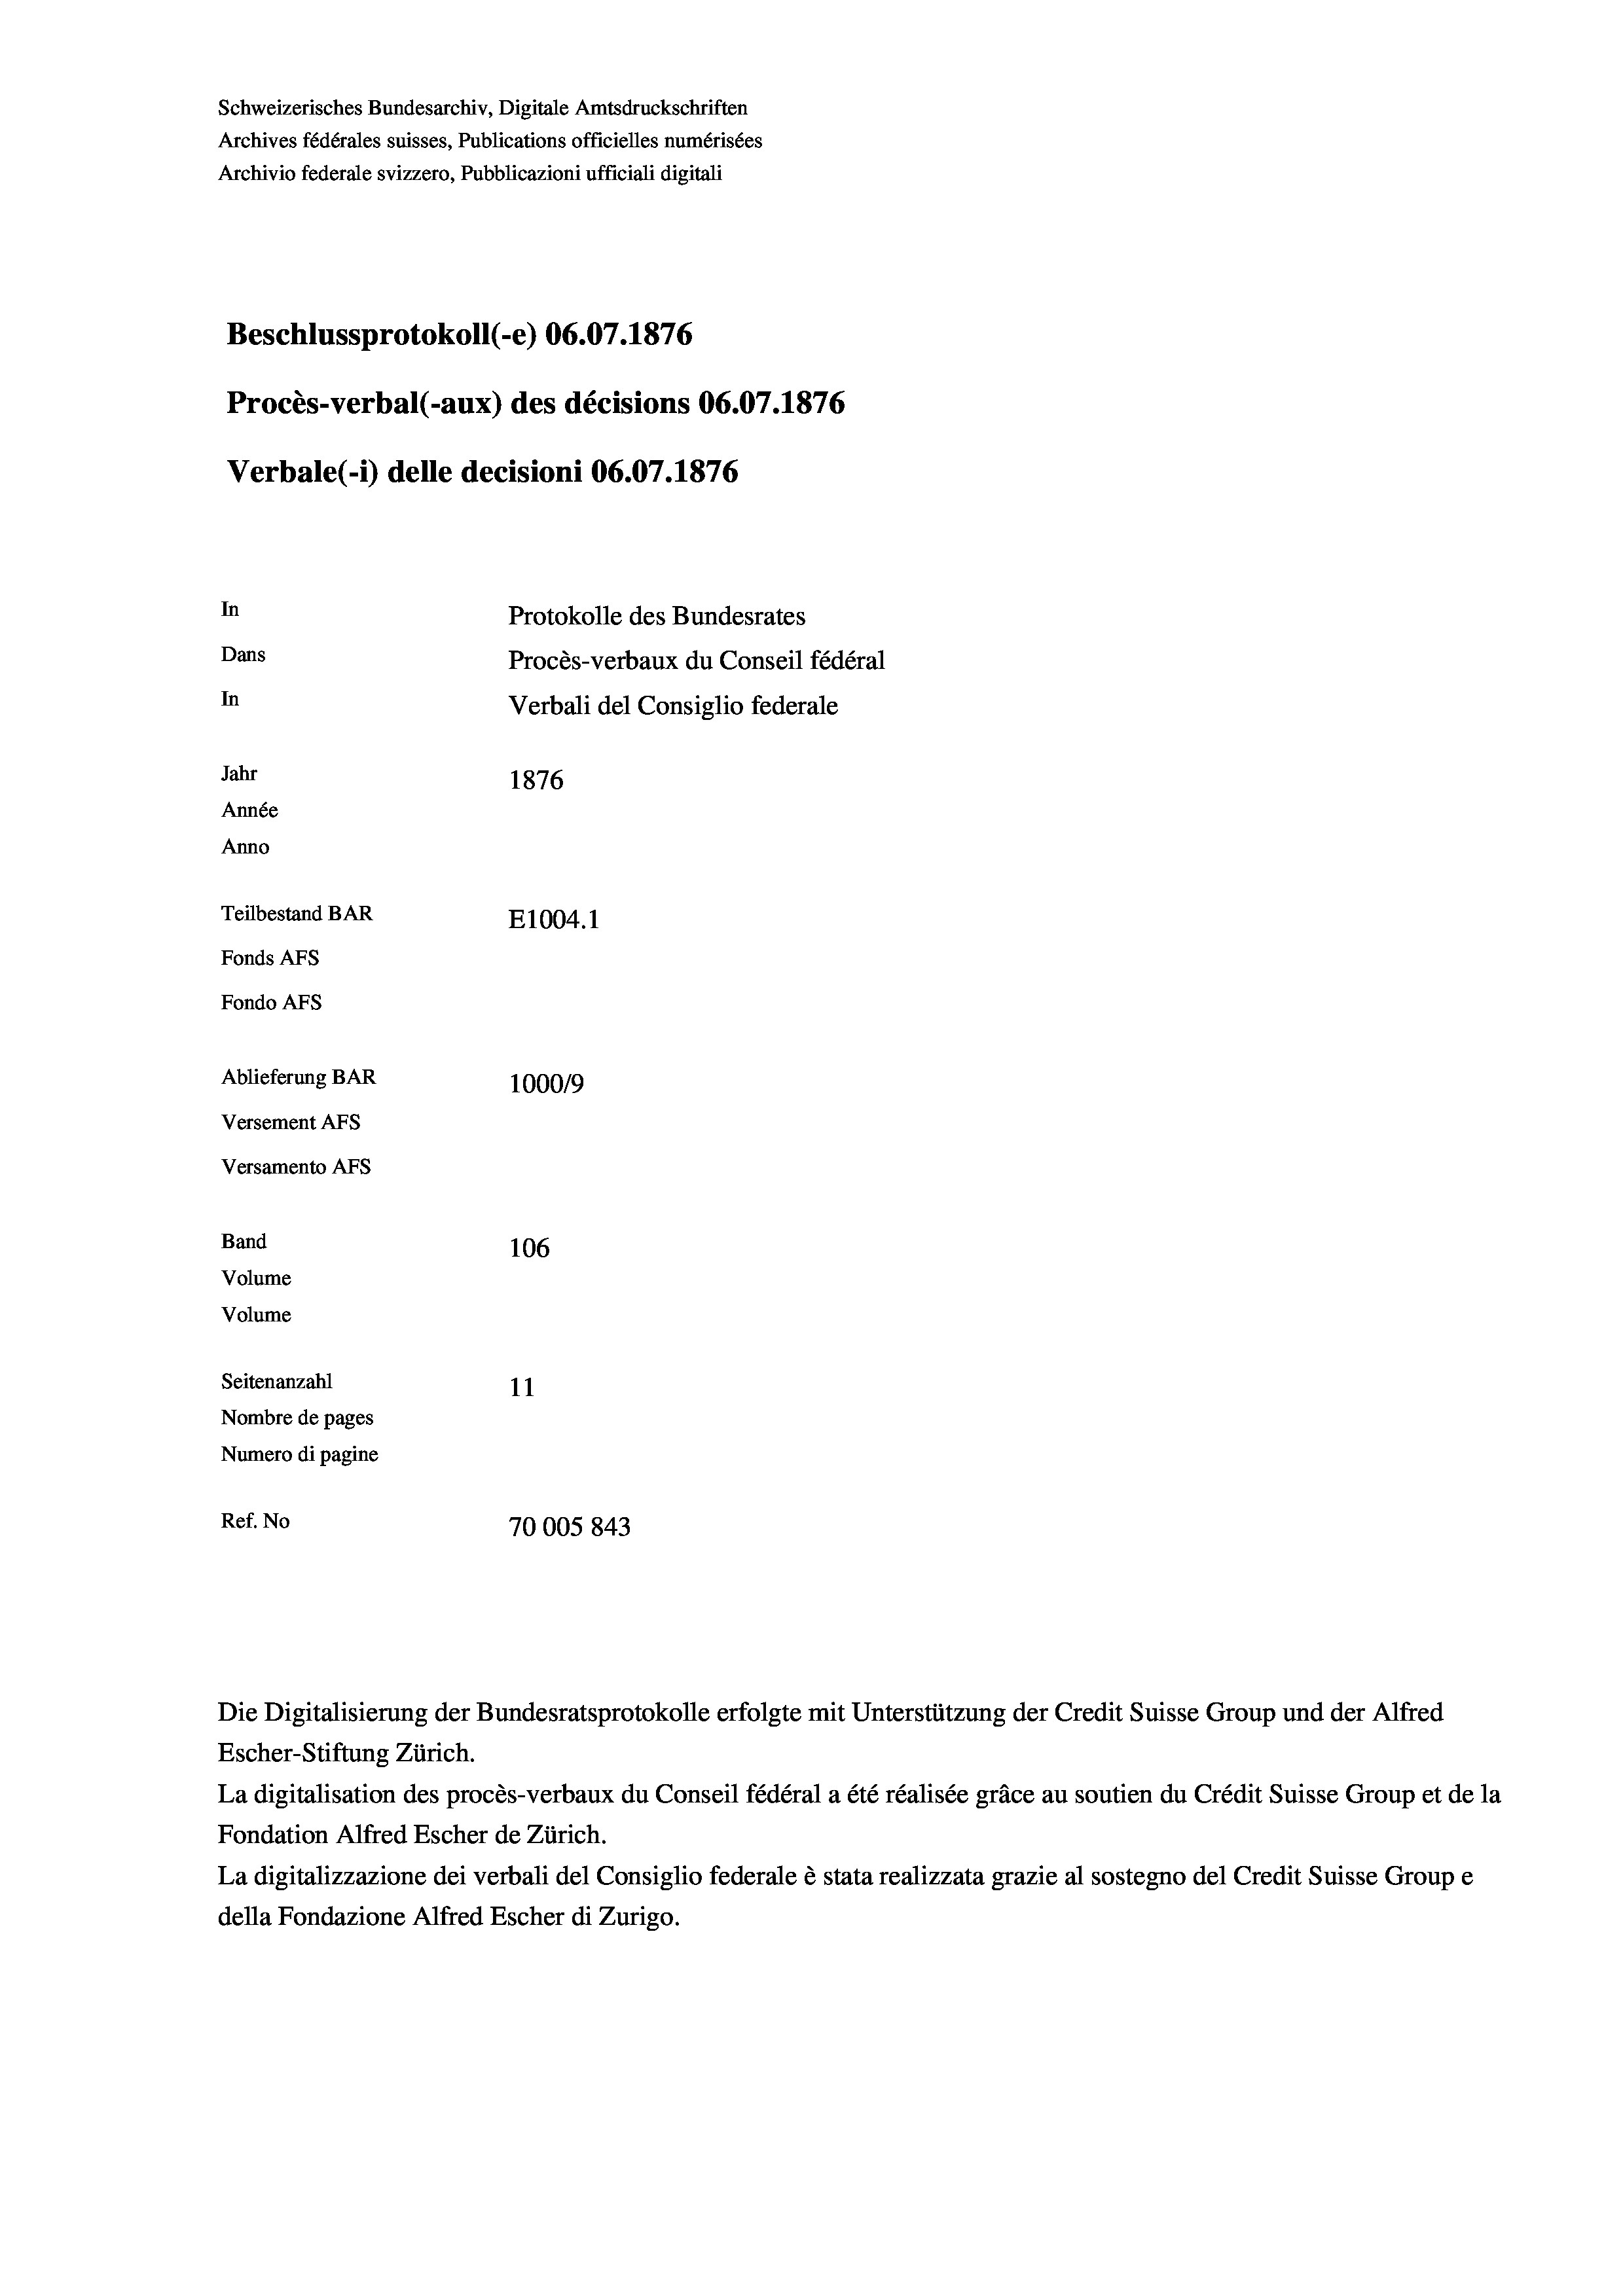
Schweizerisches Bundesarchiv, Digitale Amtsdruckschriften
Archives fédérales suisses, Publications officielles numérisées
Archivio federale svizzero, Pubblicazioni ufficiali digitali
Beschlussprotokoll (-e) 06.07. 1876
Procès-verbal (-aux) des décisions 06.07. 1876
Verbale (1) delle decisioni 06.07. 1876
In
Protokolle des Bundesrates
Dans
Procès-verbaux du Conseil fédéral
In
Verbali del Consiglio federale
Jahr
1876
Année
Anno
Teilbestand BAR
E1004. 1
Fonds Afs
Fondo AFs
Ablieferung BAR
1000/9
Versement Abs
Versamento Afs
Band
106
Volume
Volume

Seitenanzahl
11
Nombre de pages
Numero di pagine
Ref. No
70005843

Die Digitalisierung der Bundesratsprotokolle erfolgte mit Unterstützung der Credit Suisse Group und der Alfred
Escher-Stiftung Zürich.
La digitalisation des procès-verbaux du Conseil fédéral a été réalisée gräce au soutien du Crédit Suisse Group et de la
Fondation Alfred Escher de Zürich.
La digitalizzazione dei verbali del Consiglio federale è stata realizzata grazie al sostegno del Credit Suisse Groupe
della Fondazione Alfred Escher di Zurigo.